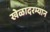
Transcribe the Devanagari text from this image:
खेळादरम्यान